Annual statistical returns and brief notes on vaccination in Bengal - 1887-1898
Year: 1887
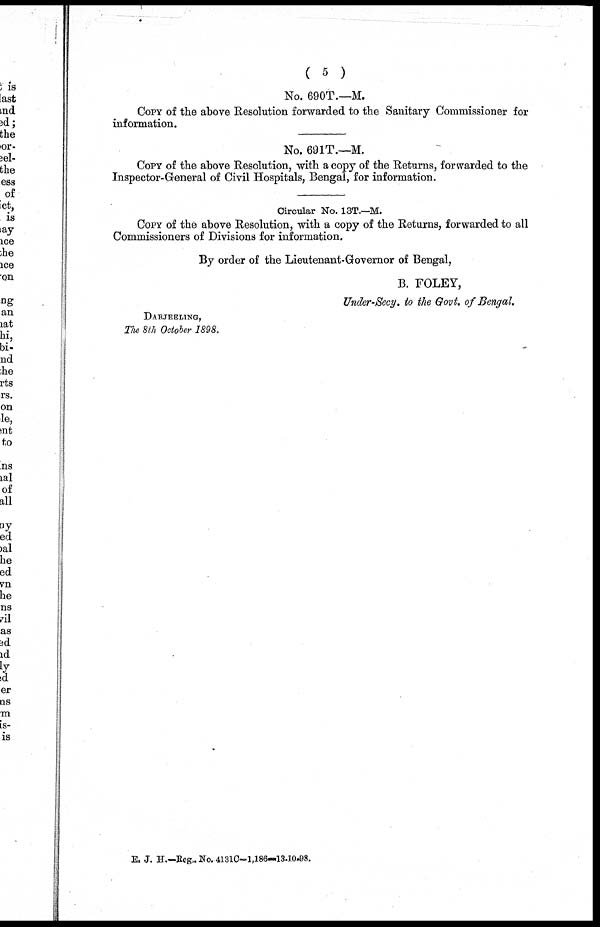
( 5 )
No. 690T.—M.
COPY of the above Resolution forwarded to the Sanitary Commissioner for
information.
No. 691T.—M.
COPY of the above Resolution, with a copy of the Returns, forwarded to the
Inspector-General of Civil Hospitals, Bengal, for information.
Circular No. 13T.—M.
COPY of the above Resolution, with a copy of the Returns, forwarded to all
Commissioners of Divisions for information.
By order of the Lieutenant-Governor of Bengal,
B. FOLEY,
Under-Secy. to the Govt. of Bengal.
DARJEELING,
The 8th October 1898.
E. J. H.—Reg. No. 4131C—1,186—13-10-98.